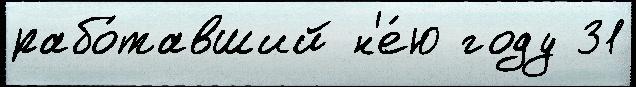
рабо́тавший н'е́ю году 31